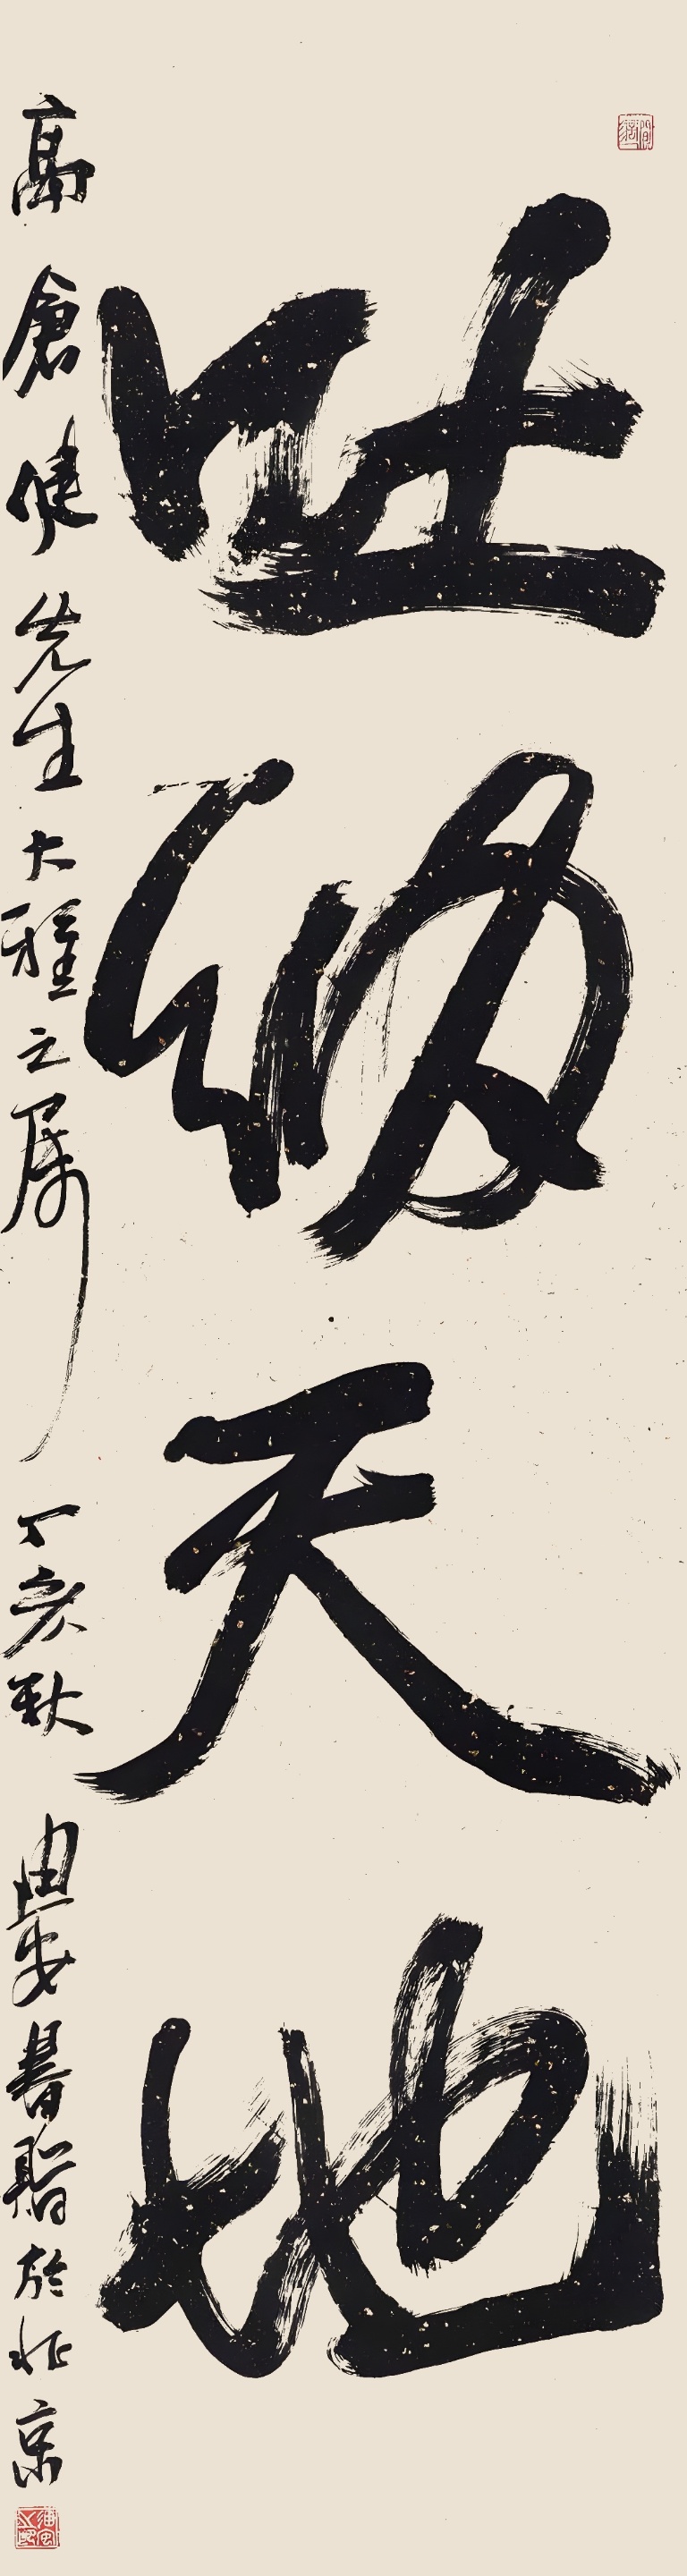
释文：吐纳天地高仓健先生大雅之属，丁亥秋迪安书赠于北京。